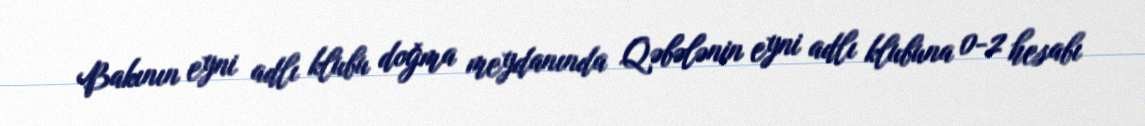
Bakının eyni adlı klubu doğma meydanında Qəbələnin eyni adlı klubuna 0-2 hesabı